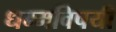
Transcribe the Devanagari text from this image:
धम्मविषयी